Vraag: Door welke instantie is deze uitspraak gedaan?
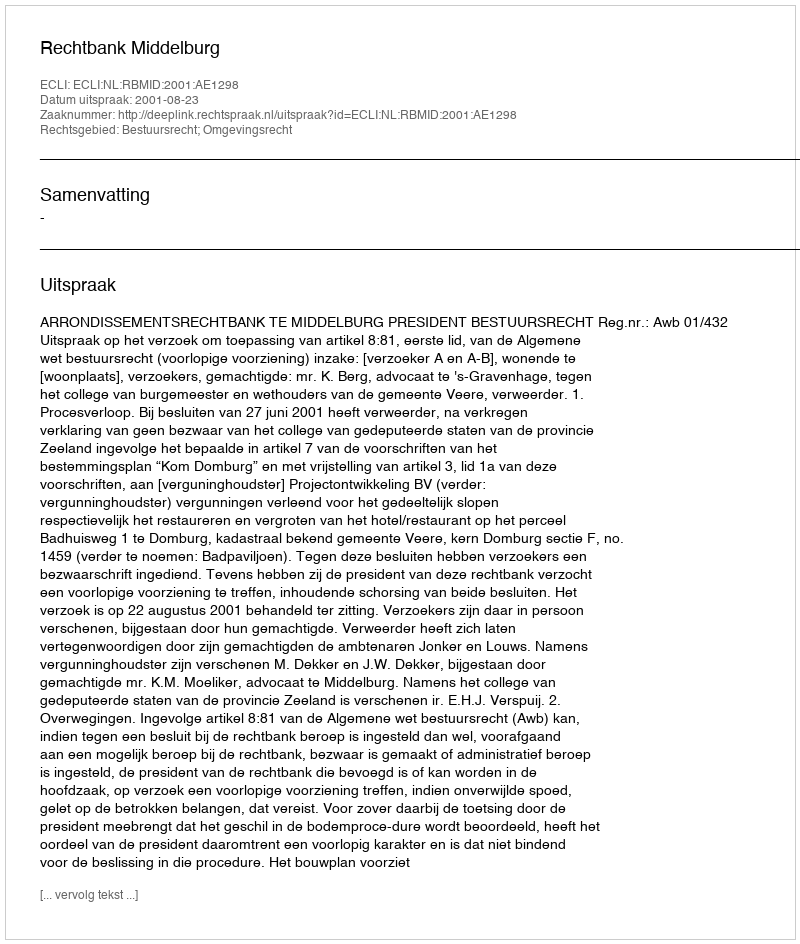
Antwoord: Rechtbank Middelburg